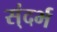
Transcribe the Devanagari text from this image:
स्ंदर्भ